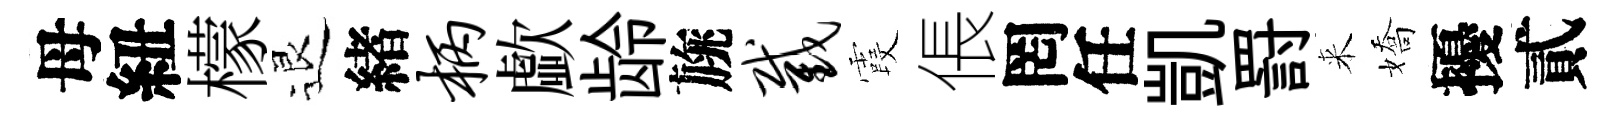
母紐檬退緖柄歔龄旐截霞倀罔任凱罸来嬌擾貳